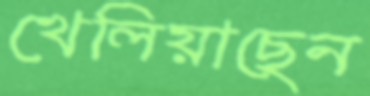
খেলিয়াছেন